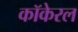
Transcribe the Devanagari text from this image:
कॉकेरल